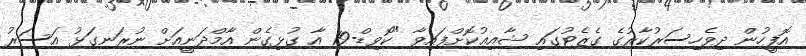
އޮފީހުން ދިވެހިސަރުކާރުގެ ގެޒެޓުގައި ޝާއިޢުކޮށްފައިވާ "ކޮވިޑް-19 އާ ގުޅިގެން އާމްދަނީއަށް ނުރަނގަޅު އަސަރު